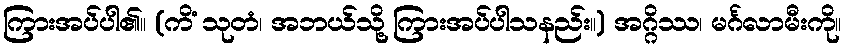
ကြားအပ်ပါ၏။ (ကိံ သုတံ၊ အဘယ်သို့ ကြားအပ်ပါသနည်း။) အဂ္ဂိဿ၊ မင်္ဂလာမီးကို။